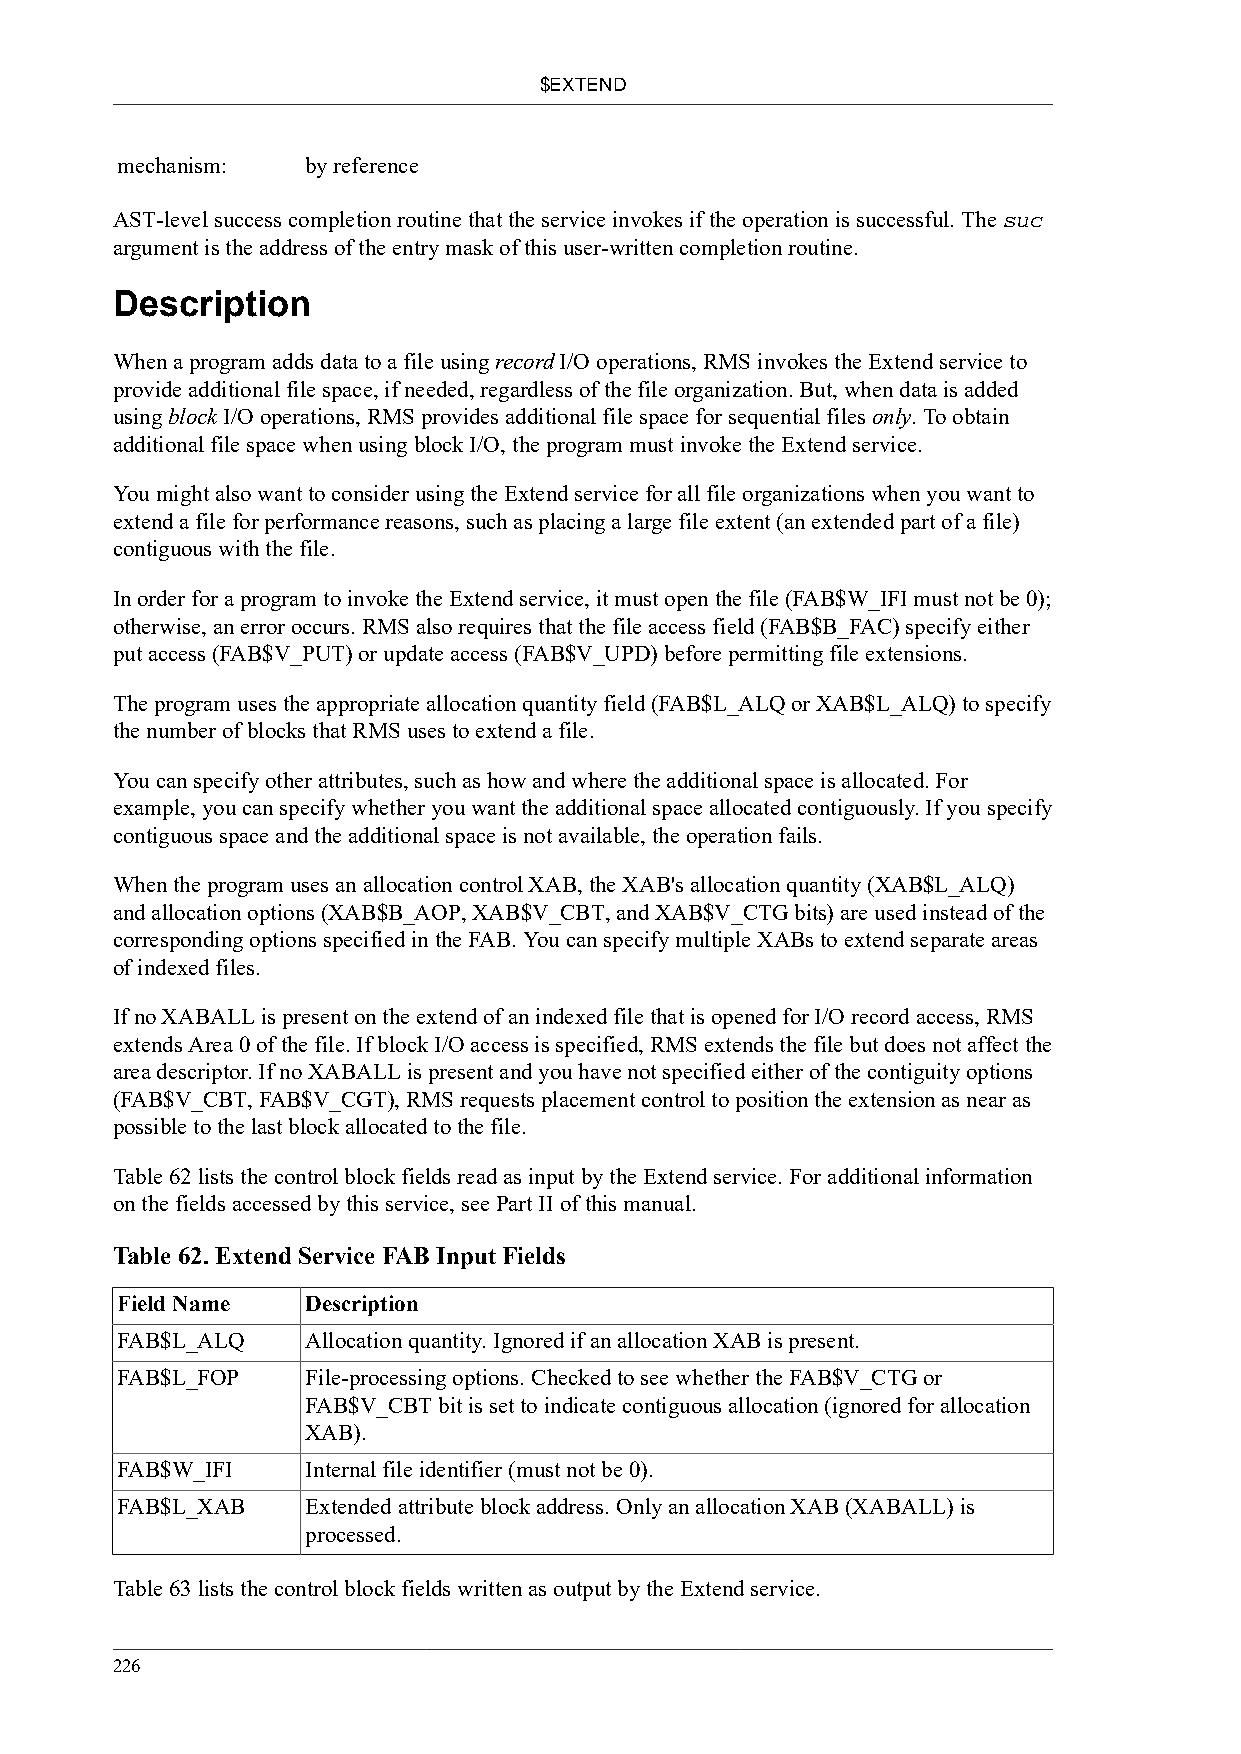
$EXTEND
 mechanism:  by reference
 AST-level success completion routine that the service invokes if the operation is successful. The suc
 argument is the address of the entry mask of this user-written completion routine.
 Description
 When a program adds data to a file using record I/O operations, RMS invokes the Extend service to
 provide additional file space, if needed, regardless of the file organization. But, when data is added
 using block I/O operations, RMS provides additional file space for sequential files only. To obtain
 additional file space when using block I/O, the program must invoke the Extend service.
 You might also want to consider using the Extend service for all file organizations when you want to
 extend a file for performance reasons, such as placing a large file extent (an extended part of a file)
 contiguous with the file.
 In order for a program to invoke the Extend service, it must open the file (FAB$W_IFI must not be 0);
 otherwise, an error occurs. RMS also requires that the file access field (FAB$B_FAC) specify either
 put access (FAB$V_PUT) or update access (FAB$V_UPD) before permitting file extensions.
 The program uses the appropriate allocation quantity field (FAB$L_ALQ or XAB$L_ALQ) to specify
 the number of blocks that RMS uses to extend a file.
 You can specify other attributes, such as how and where the additional space is allocated. For
 example, you can specify whether you want the additional space allocated contiguously. If you specify
 contiguous space and the additional space is not available, the operation fails.
 When the program uses an allocation control XAB, the XAB's allocation quantity (XAB$L_ALQ)
 and allocation options (XAB$B_AOP, XAB$V_CBT, and XAB$V_CTG bits) are used instead of the
 corresponding options specified in the FAB. You can specify multiple XABs to extend separate areas
 of indexed files.
 If no XABALL is present on the extend of an indexed file that is opened for I/O record access, RMS
 extends Area 0 of the file. If block I/O access is specified, RMS extends the file but does not affect the
 area descriptor. If no XABALL is present and you have not specified either of the contiguity options
 (FAB$V_CBT, FAB$V_CGT), RMS requests placement control to position the extension as near as
 possible to the last block allocated to the file.
 Table 62 lists the control block fields read as input by the Extend service. For additional information
 on the fields accessed by this service, see Part II of this manual.
 Table 62. Extend Service FAB Input Fields
 Field Name  Description
 FAB$L_ALQ   Allocation quantity. Ignored if an allocation XAB is present.
 FAB$L_FOP   File-processing options. Checked to see whether the FAB$V_CTG or
 FAB$V_CBT bit is set to indicate contiguous allocation (ignored for allocation
 XAB).
 FAB$W_IFI   Internal file identifier (must not be 0).
 FAB$L_XAB   Extended attribute block address. Only an allocation XAB (XABALL) is
 processed.
 Table 63 lists the control block fields written as output by the Extend service.
 226